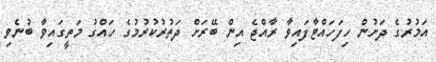
އަމުރުގެ ދަށުން ހިފަހައްޓާފައިވާ ރާއްޖެ އިން ބޭރަށް ދަތުރުކުރުމުގެ ހައްގު މަތީގައިވާ ބުނެވި